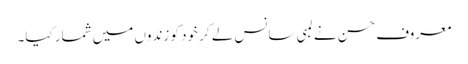
معروف حسن نے لمبی سانس لے کر خود کو زندوں میں شمار کیا۔